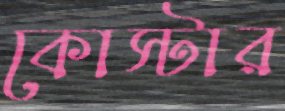
কোস্টার